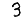
Digit: 3